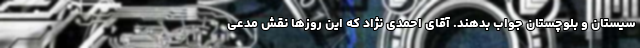
سیستان و بلوچستان جواب بدهند. آقای احمدی نژاد که این روزها نقش مدعی